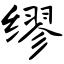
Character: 缪